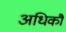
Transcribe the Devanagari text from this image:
अधिकौ